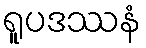
ရူပဒဿနံ